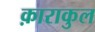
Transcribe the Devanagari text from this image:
क़ाराकुल